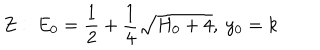
Z : ~ E _ { 0 } = { \frac { 1 } { 2 } } + { \frac { 1 } { 4 } } \sqrt { H _ { 0 } + 4 } , ~ y _ { 0 } = k